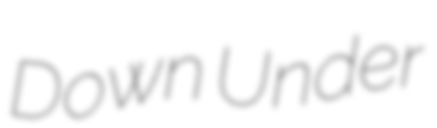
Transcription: Down Under